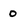
Character: 0